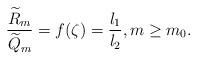
LaTeX: \begin{align*} \frac{\widetilde{R}_{m}}{\widetilde{Q}_{m}}=f(\zeta)=\frac{l_{1}}{l_{2}}, m\geq m_{0}.\end{align*}